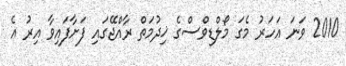
2010 ވަނަ އަހަރު މެގަ މޯލްޑިވްސްގެ ޚިދުމަތް ރާއްޖޭގައި ފަށާފައިވާ އިރު އެ